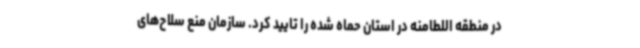
در منطقه اللطامنه در استان حماه شده را تایید کرد. سازمان منع سلاح‌های